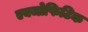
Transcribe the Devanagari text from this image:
एक्जोफिटिक